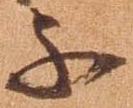
不